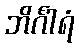
ဘိင်္ဂါရံ